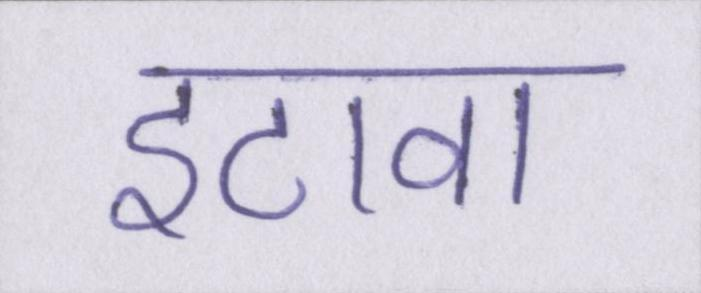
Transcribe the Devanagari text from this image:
इटावा